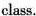
class.